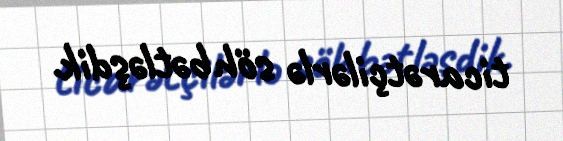
ticarətçilərlə söhbətləşdik.